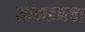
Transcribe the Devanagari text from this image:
मांकडनचा